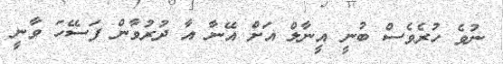
ނުވެ ހުރެވެސް ބުނީ އީނާލް އަށް އޭނާ އާ ދުރުވާން ފަސޭހަ ވާނީ